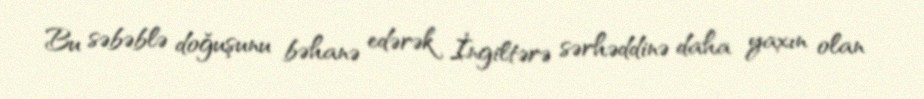
Bu səbəblə doğuşunu bəhanə edərək İngiltərə sərhəddinə daha yaxın olan